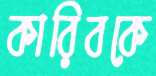
কারিবকে